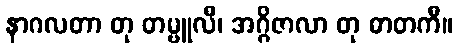
နာဂလတာ တု တမ္ဗူလီ၊ အဂ္ဂိဇာလာ တု ဓာတကီ။